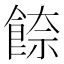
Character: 𩜪